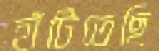
হাঁটিতেছি